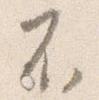
不